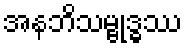
အနဘိသမ္ဗုဒ္ဓဿ